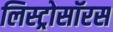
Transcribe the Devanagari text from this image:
लिस्ट्रोसॉरस